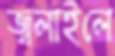
জ্বলাইলে